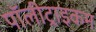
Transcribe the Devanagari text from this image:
पॉलीट्राइकम